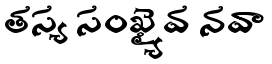
తస్య సంఖ్యైవ నవా